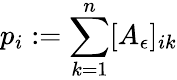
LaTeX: p_{i}:=\sum_{k=1}^{n}[A_{\epsilon}]_{ik}